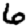
Digit: 6